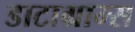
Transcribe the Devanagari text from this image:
डाटाग्राम्स